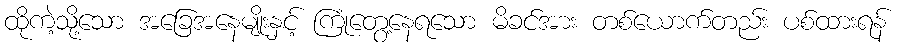
ထိုကဲ့သို့သော အခြေအနေမျိုးနှင့် ကြုံတွေ့နေရသော မိခင်အား တစ်ယောက်တည်း ပစ်ထားရန်